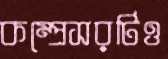
কম্প্রেসরটিও